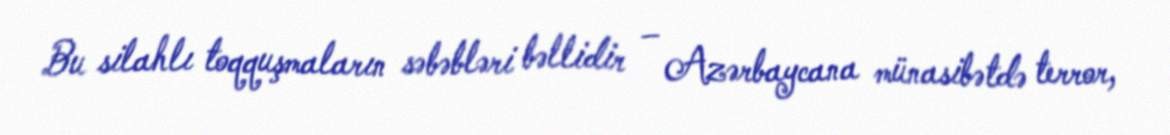
Bu silahlı toqquşmaların səbəbləri bəllidir – Azərbaycana münasibətdə terror,